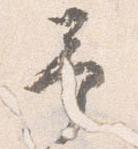
予